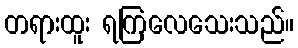
တရားထူး ရကြလေသေးသည်။